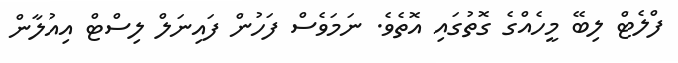
ފްލެޓް ލިބޭ މީހެއްގެ ގޮތުގައި އޮތެވެ. ނަމަވެސް ފަހުން ފައިނަލް ލިސްޓް އިއުލާން